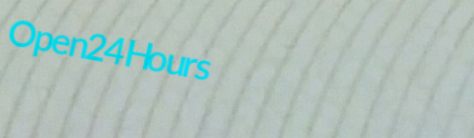
Open24Hours